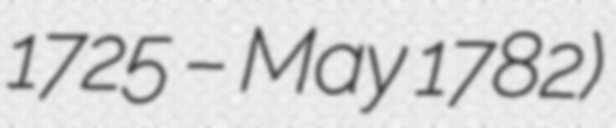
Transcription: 1725 – May 1782)